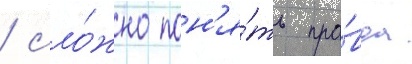
/ сло́жно пон'я́ть пра́вда